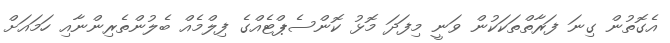
އެގޮތުން ގިނަ ފަރާތްތަކަކުން ވަނީ މިފަދަ މޮޅު ކޮންސެޕްޓެއްގެ ފިލްމެއް ބެލުންތެރިންނާއި ހަމައަށް